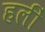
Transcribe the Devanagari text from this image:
हलीं